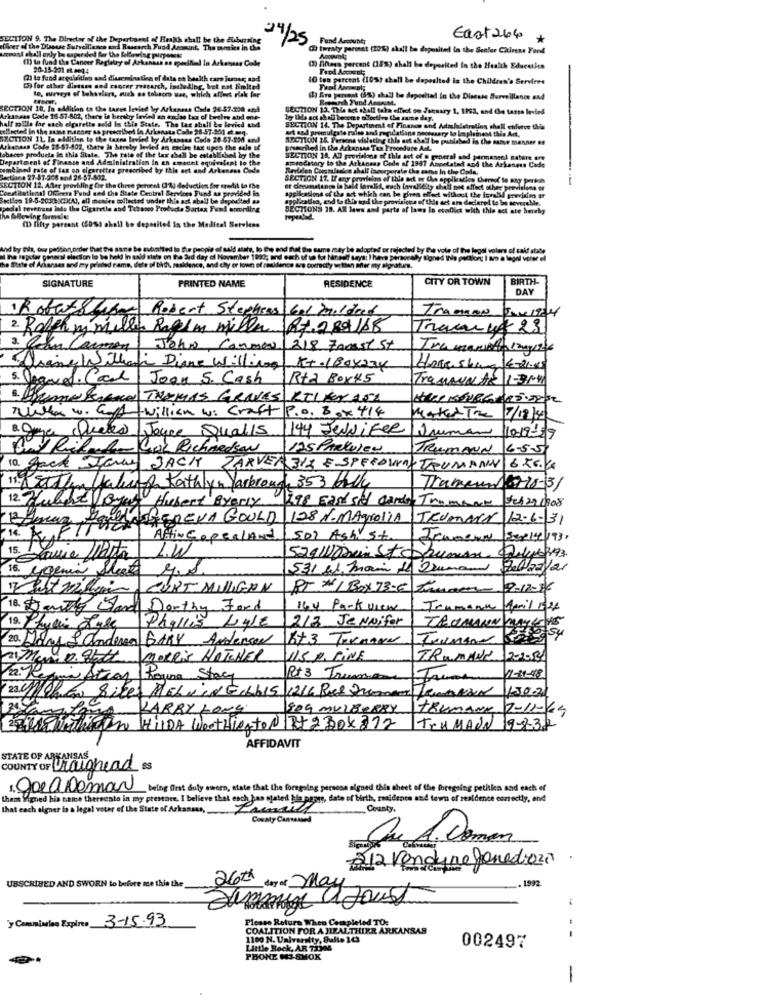
SECTION 9. The Director of the Department of Health shall be the disbarring
1/25
Fund Amount;
East 264
*
silver of the Dlaesse Surveillance and Research Fuad Astunt. The mesics in the
twenty paronet (20%) skall be deposited in the Senior Citizens Ford
() to fund the Cancer Reglatry of Arkansas as specified In Arkenass Code
20-15-201 et.2004
(1) Dass percent (15%) shall be deposited in the Health Education
Tend Account;
(i to fund acquisition and dieseminatie of data en health cars jurour sad
10 ten percent (10%) shall be deposited in the Children's Services
[] for other distass and cancer research, including, het est limited
to, surveys of tehaslerk, such as tobacco was, which affect risk for
(1) Are percent (8%) shall be deposited in the Disease Surveillance and
SECTION 10. In addition to the tares levied by Arkasaus Code 26-57-200 and
SECTION 13. The act shall take effect on January 1, 1993, and Che tarta levied
Inses Code 16 57-802, there is berskry levied an cadas tax of berthis and me-
pills for each cigarette sold is this State. The las shell &w levied and
acled in the same
SECTION 14. The Departinest of Finance and Admlaletradion chell enforce this
SECTION 11. In addition to the taxna lavied by Arkansas Code 20-57-250 and
820110N 26. Persons violating this act ofall be pandahad to the sasse manner es
acass Code 25-57-802, thetw in hereby levied an maciee tax upes the sale of
arucribed in the Arkansas Tex Procedure AL.
tobacco products le this State. The rate of the fax chell be established by the
Department of Finance and Administration in an amacnt equivalent to the
SECTION 18, AD pourialons of this ant of o general and permaneel nature ere
ned rate of tax on cigarettea prescribed by the act and Arkenens Code
Rerliden Coomleslon shall incorporate the same In the Coda.
ameedstory to the Arkansas Code of 1937 Anpelatad and the Arkasets Cade
then 27 37-308 and 28-57-502.
SECTION 17. If any provielans of the art of the application turo to any person
---
SECTION 12. Antee peeviding Che the three percent (110 deduction for credit la Ibe
CoestRational Oficera Fund med the State Central Services Fund an provided in
by chait net effect ocher provisions or
estlen 19-5-20300CM(A), all movies collected under this act shall be Send
poultad an
applications of the act which can be given effect without the invalid previsim er
appleata, cod la this wod the provisices of the set are declared to be sovera!
lal revenues inde the Cigaretle and Tobanco Produde Sartax Fund ermording
SECTIONS 18. All laws and parts of laws In etallick with this act are hereby
ha GBlewing firmalu
(D) fifty percent (50%) shall be deposited is the Medical Serviess
yfils, ove petdog, order that the same be submitted to the people of aald state, to Be end that the same may be adopted orn
by Die vole of The legal volers of sakf state
Popular general election lo be held in anid siete on the ard day of November 1990; and each of un for Niresit says: I have personally Bones this packion I ao a legal vorer el
the of Accansas and my printed name, dele of birth, residence, and chy or town of zodidance ao correctly witten Ber my signature.
CITY OR TOWN
BIRTH
SIGNATURE
PRINTED NAME
RESIDENCE
DAY
Robert Susan
Robert Stephens Gel mildred
Tramos
2. Ralphmy mille Rahim miller Rt.289118
Tracyx 23
Carmen
John, Comma 218 Zocast St
Li Diane Willing KT.180x234
Hore shag 4-21.15
5. Segavel. Carl Joen S. Cash
Rta Box 45
Trasova AR 1-31-41
5. (Same time TROMAS GRAVES KILKA 152
twilliam w: Craft P.O. Box 414
Maker Tre 17/12/340
Queres Joyce Qualls
144 Jennifer Jmuman
10-19-29
Buy Rilede Cul Richardson
25 PARKUEN
TRUMANd 6-5-5
10. Jack Jany JACK ZARVER 312 & SPEEDWAY TRUMANV 6 KG.4
11. Reaction Values Kathlyn Yarbroad, 353 Hally
Tramaun 6710-31
12. Hulhe Byat Hubert Byerly
1798 Each sid Cando Tramann Jel 21908
BoulANGEREVA GOULD 128 %. MAYroliA
JRUMMEN 12-6-31
Attin CapealAnd
Sor Ashst Jramena 3spice 193.
15. 18
1.W
529 Warin Stohuman Delyk92
16. ygenia Slot
531 st, mais 11 Duman
Del/22/21
Vist millein CORT MILLIGAN
RT #1 Box 73-4 times
12-12-14
18. Southy Gard Dorthy Ford
164 Park view
Trumana Maril 1024
Phyllis Lyle
213 Jennifer
19. Phylline Lyse
TRUMANNY
20. Dans & andersa GARY Anderson
673 TerMANN
MOREis HOTCHER
115 . FINE
TRUMANK
/2: Regia Stran Roura Stacy
P13 Truman
1-1-18
23 /8h6 Sites MELVINGILL15 1216 Bied Ingen Temtan 130.20
KARRY LONG
50G MULBERRY
TRUMANK
2-11-64
3 020 HILDA WentHierton RIZBOX212
TrumAdd 9-32
AFFIDAVIT
STATE OF ARKANSAS
COUNTY OF Uroughead as
5. goed Demain being fist duty swers, state that the foregoing persoon signed this sheet of the fbregning petitlen and each ef
them Signed his name thereesto in my presence. I believe that each has stated hla papir, date of birth, residence and tewn of residence correctly, end
that each aigner is a legal veter of the State of Arkansas,
County,
Cosaty Camaused
Que A. Domen
212 Verdure gonedio201.
UBSCRIBED AND SWORN to before me this the
.1992
26th day of May
Ma Joust
y Conminden Expires 3-15-93
Please Return When Completed TO:
COALITION FOR A HEALTHIER ARKANSAS
1100 N. Unl
mity, Sulle 163
Little Rock, AR 71306
002497
PHONE HJ AMOX
-